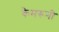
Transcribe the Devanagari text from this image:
कैमरूनी